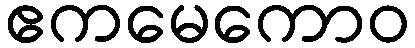
ဧကမေကောဝ